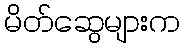
မိတ်ဆွေများက